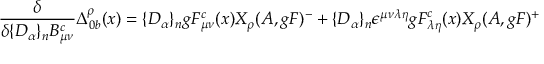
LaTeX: \frac { \delta } { \delta \{ D _ { \alpha } \} _ { n } B _ { \mu \nu } ^ { c } } \Delta _ { 0 b } ^ { \rho } ( x ) = \{ D _ { \alpha } \} _ { n } g F _ { \mu \nu } ^ { c } ( x ) X _ { \rho } ( A , g F ) ^ { - } + \{ D _ { \alpha } \} _ { n } \epsilon ^ { \mu \nu \lambda \eta } g F _ { \lambda \eta } ^ { c } ( x ) X _ { \rho } ( A , g F ) ^ { + }